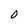
Character: O